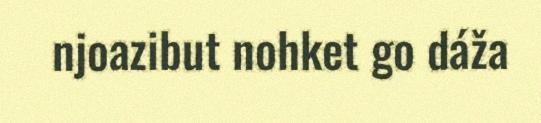
njoazibut nohket go dáža